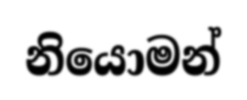
නියොමන්